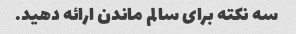
سه نکته برای سالم ماندن ارائه دهید.